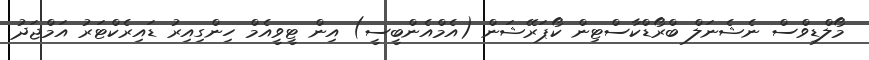
މޯލްޑިވްސް ނެޝެނަލް ބްރޯޑްކާސްޓިން ކޯޕަރޭޝަން (އެމްއެންބީސީ) އިން ޓީވީއެމް ހިންގިއިރު ޑައިރެކްޓަރު އަމްޖަދު